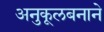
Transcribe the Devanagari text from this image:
अनुकूलबनाने